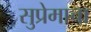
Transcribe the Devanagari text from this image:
सुप्रेमाचा